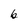
Character: b